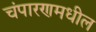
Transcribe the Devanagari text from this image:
चंपारणमधील